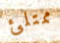
ممتلئ